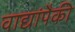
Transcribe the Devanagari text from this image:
वाद्यांपैकी